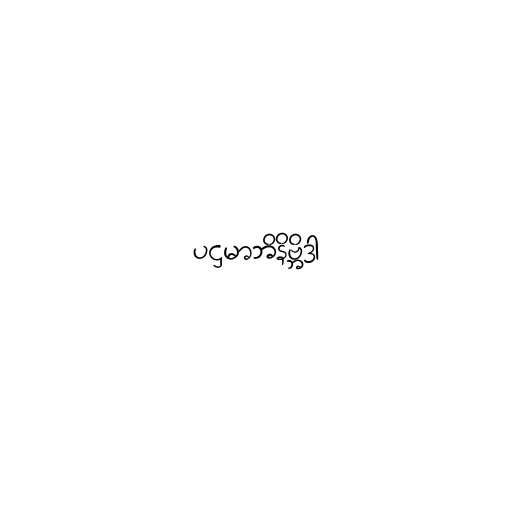
ပဌမာဘိနိဗ္ဘိဒာ